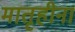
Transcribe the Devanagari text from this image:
मातृहीना